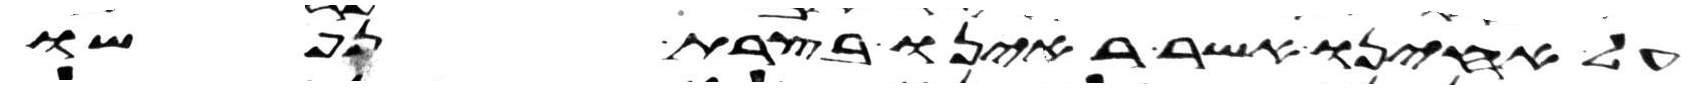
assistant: על אחינו אשר ראינו בצרת נפשו